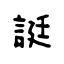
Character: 誔